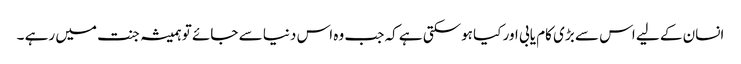
انسان کے لیے اس سے بڑی کام یابی اور کیا ہوسکتی ہے کہ جب وہ اس دنیا سے جائے تو ہمیشہ جنت میں رہے ۔